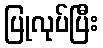
ပြုလုပ်ပြီး